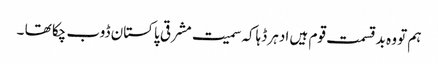
ہم تو وہ بدقسمت قوم ہیں ادہر ڈہاکہ سمیت مشرقی پاکستان ڈوب چکا تھا ۔